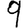
Digit: 9